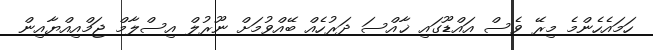
ހަަމައެހެންމެ މިރޭ ވެސް އައްޑޫގައި ޚާއްސަ ދަރުހެއް ބޭއްވުމަށް ނޫރުލް އިސްލާމް ޖަމްއިއްޔާއިން